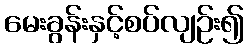
မေးခွန်းနှင့်စပ်လျဉ်း၍